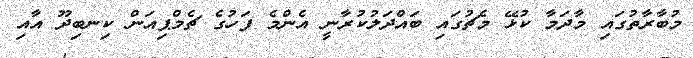
މުބާރާތުގައި މާދަމާ ކުޅޭ މެޗުގައި ބައްދަލުކުރާނީ އެންމެ ފަހުގެ ޗެމްޕިއަން ކިނބިދޫ އާއި